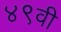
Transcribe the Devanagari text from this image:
४९वी